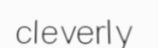
cleverly